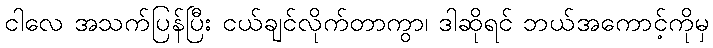
ငါလေ အသက်ပြန်ပြီး ငယ်ချင်လိုက်တာကွာ၊ ဒါဆိုရင် ဘယ်အကောင့်ကိုမှ